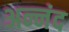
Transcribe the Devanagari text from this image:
अन्नंद